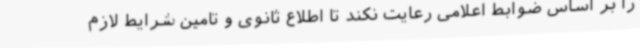
را بر اساس ضوابط اعلامی رعایت نکند تا اطلاع ثانوی و تامین شرایط لازم